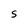
Character: S